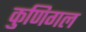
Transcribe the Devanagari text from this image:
कुणिगल